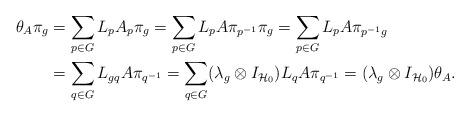
LaTeX: \begin{align*}\theta_A\pi_g&=\sum\limits_{p\in G} L_pA_p\pi_g=\sum\limits_{p\in G} L_pA\pi_{p^{-1}}\pi_g=\sum\limits_{p\in G} L_pA\pi_{{p^{-1}}g}\\&=\sum\limits_{q\in G} L_{gq}A\pi_{q^{-1}}=\sum\limits_{q\in G}(\lambda_g\otimes I_{\mathcal{H}_0}) L_{q}A\pi_{q^{-1}}=(\lambda_g\otimes I_{\mathcal{H}_0})\theta_A. \end{align*}